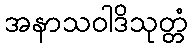
အနာသဝါဒိသုတ္တံ